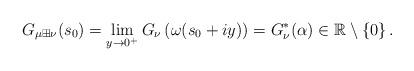
LaTeX: \begin{align*}G_{\mu\boxplus\nu}(s_{0})=\lim_{y\rightarrow0^{+}}G_{\nu}\left(\omega(s_{0}+iy)\right)=G_{\nu}^{*}(\alpha)\in\mathbb{R}\setminus\left\{ 0\right\} .\end{align*}